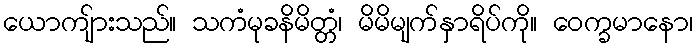
ယောကျ်ားသည်။ သကံမုခနိမိတ္တံ၊ မိမိမျက်နှာရိပ်ကို။ ဝေက္ခမာနော၊